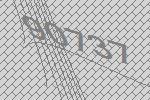
90737